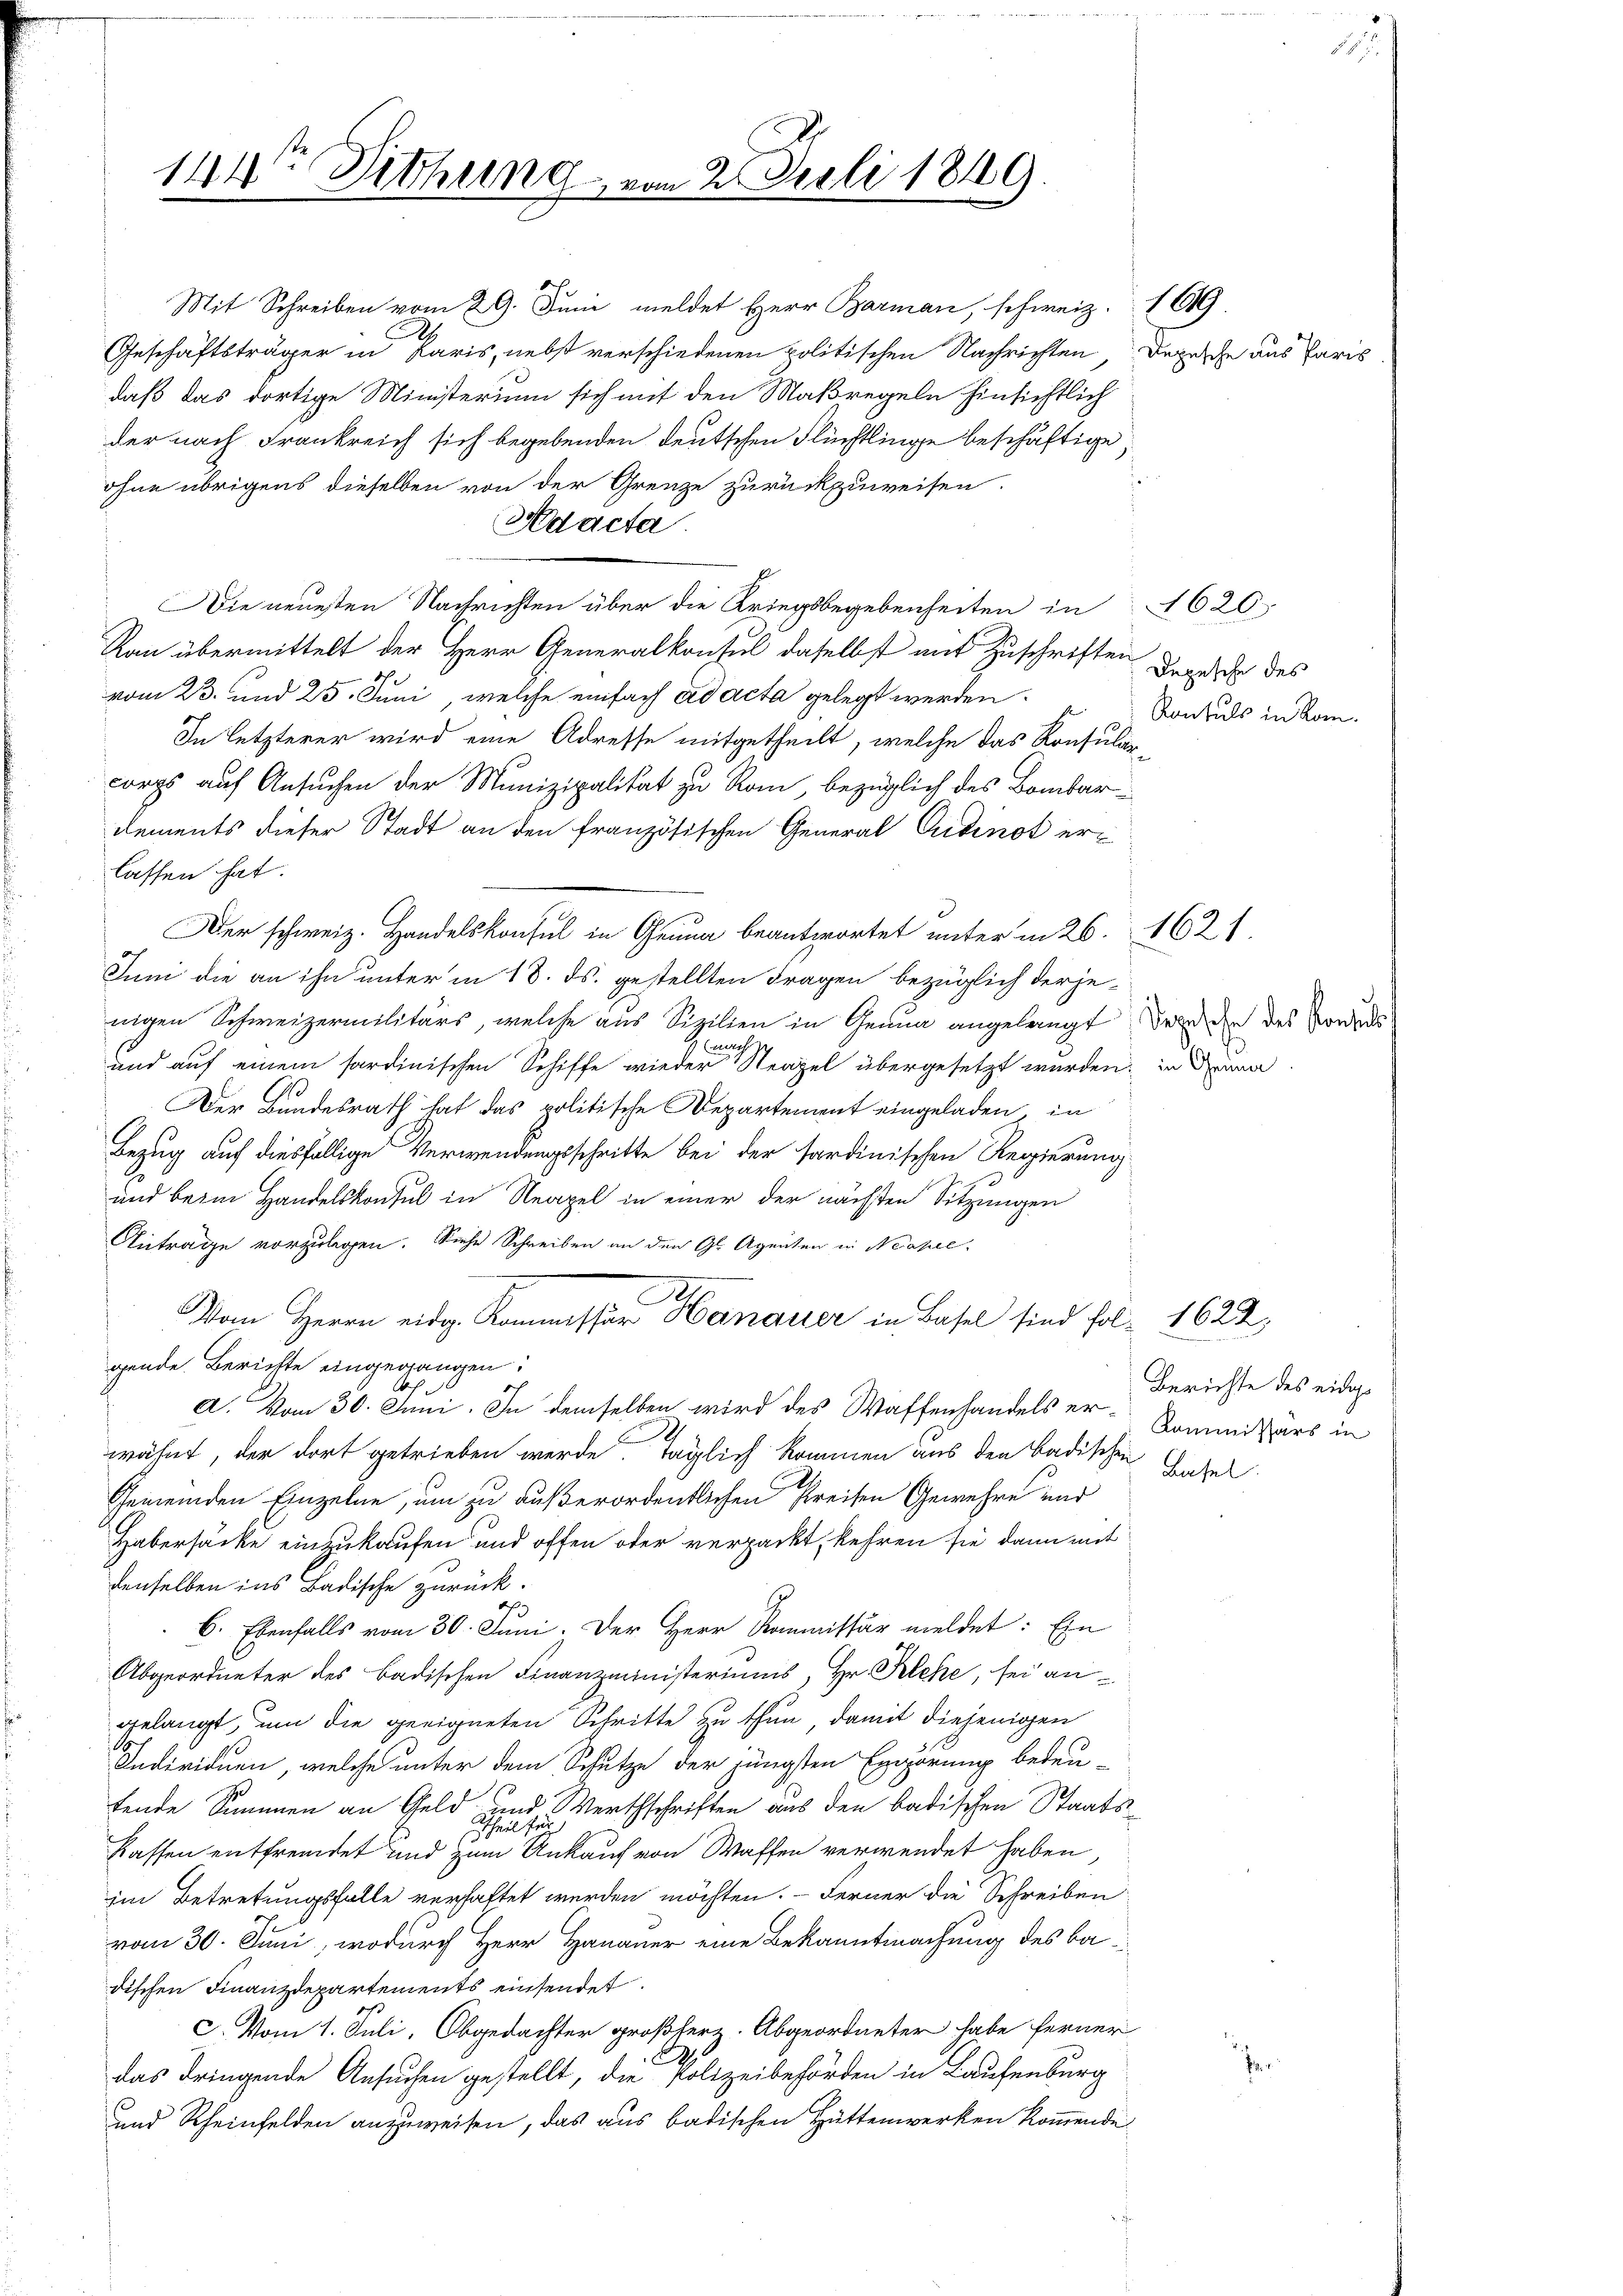
14t Sitzung

daß das dortige Ministerium sich mit den Maßregeln hinsichtlich
der nach Frankreich sich begebenden deutschen Flüchtlinge beschäftige
.
ohne übrigens dieselben von der Grenze zurückzuweisen.
Adacta
Die neuesten Nachrichten über die Kriegsbegebenheiten in 620
Rau übermittelt der Herr Generalkonsul daselbst auf Zuschriften
vom 23. und 25. Juni, welche einfach ad acta gelegt werden.
In letzterer wird eine Adresse mitgetheilt, welche das Konsular-
corps auf Ansuchen der Munizipalität zu Rom, bezüglich des Bombar¬
Dements dieser Stadt an den französischen General Cudinot erlassen hat.
Der schweiz. Handelskonsul in Genua beantwortet unter in 26. 1621
Juni die an ihn unter in 18. ds. gestellten Fragen bezüglich derjenigen Schweizermilitärs, welche aus Sizilien in Genua angelangt werden des Vordes
vernach
und auf einem sardinischen Schiffe wieder Neapel übergesetzt wurden, in demna
.
Der Bundesrath hat das politische Departement eingeladen, in
Bezug auf diesfällige Verwendungsschritte bei der sardinischen Regierung
und beim Handelskonsul in Neapel in einer der nächsten Sitzungen
Antrage vorzulegen. Siehe Schreiben an den Gl. Agenten in Neapel-
Vom Herrn eidg. Kommissär Hanauer in Basel sind fol. 1622,
gende Berichte eingegangen.
a. Vom 30. Juni. In demselben wird des Waffenhandels er¬
u
wähnt, der dort getrieben werde. Täglich kommen aus den Badischen Base
Gemeinden Einzelne, um zu außerordentlichen Preisen Gewehre und
Habersäcke einzukaufen und offen oder verpackt, kehren sie dann mit
denselben ins Badische zurück.
6. Ebenfalls vom 30. Juni. Der Herr Kommissär meldet: Ein
Abgeordneter des Badischen Finanzministeriums, Hr. Reche, sei angelangt, um die geeigneten Schritte zu thun, damit diejenigen
Individuen, welche unter dem Schutze der jüngsten Ergörung bedeu-
p
fende Summen an Geld
und Werthschriften aus den badischen Staats¬
Theil für
Kassen entfremdet und zum Ankauf von Waffen verwendet haben,
im Betretungsfalle verhaftet werden möchten. — Ferner die Schreiben
vom 30. Juni, wodurch Herr Hananer eine Bekanntmachung des ba
dischen Finanzdepartements einsendet.
C. Vom 1. Juli, Obgedachter großherz. Abgeordneter habe ferner
das dringende Ansuchen gestellt, die Polizeibehörden in Laufenburg
und Rheinfelden anzuweisen, das aus badischen Hüttenwerken kommende

Mit Schreiben vom 29. Juni meldet Herr Barman, schweiz. 169.
Geschäftsträger in Paris, nebst verschiedenen politischen Nachrichten, Depesche aus Paris

2. Juli 1849

Depesche des
Konsuls in Kom¬

Berichte des eidge
Kommissärs in